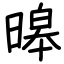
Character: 暤